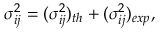
\sigma _ { i j } ^ { 2 } = ( \sigma _ { i j } ^ { 2 } ) _ { t h } + ( \sigma _ { i j } ^ { 2 } ) _ { e x p } ,